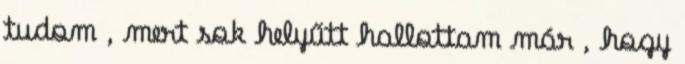
tudom , mert sok helyűtt hallottam már , hogy